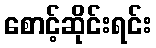
စောင့်ဆိုင်းရင်း